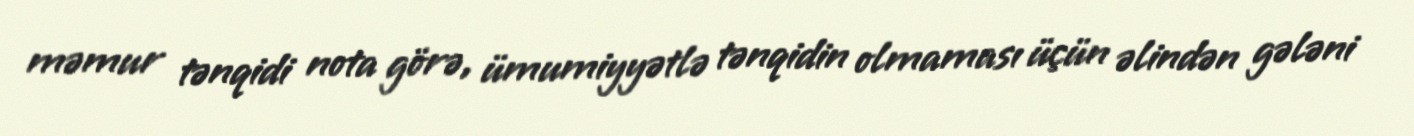
məmur tənqidi nota görə, ümumiyyətlə tənqidin olmaması üçün əlindən gələni